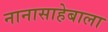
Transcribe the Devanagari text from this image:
नानासाहेबाला